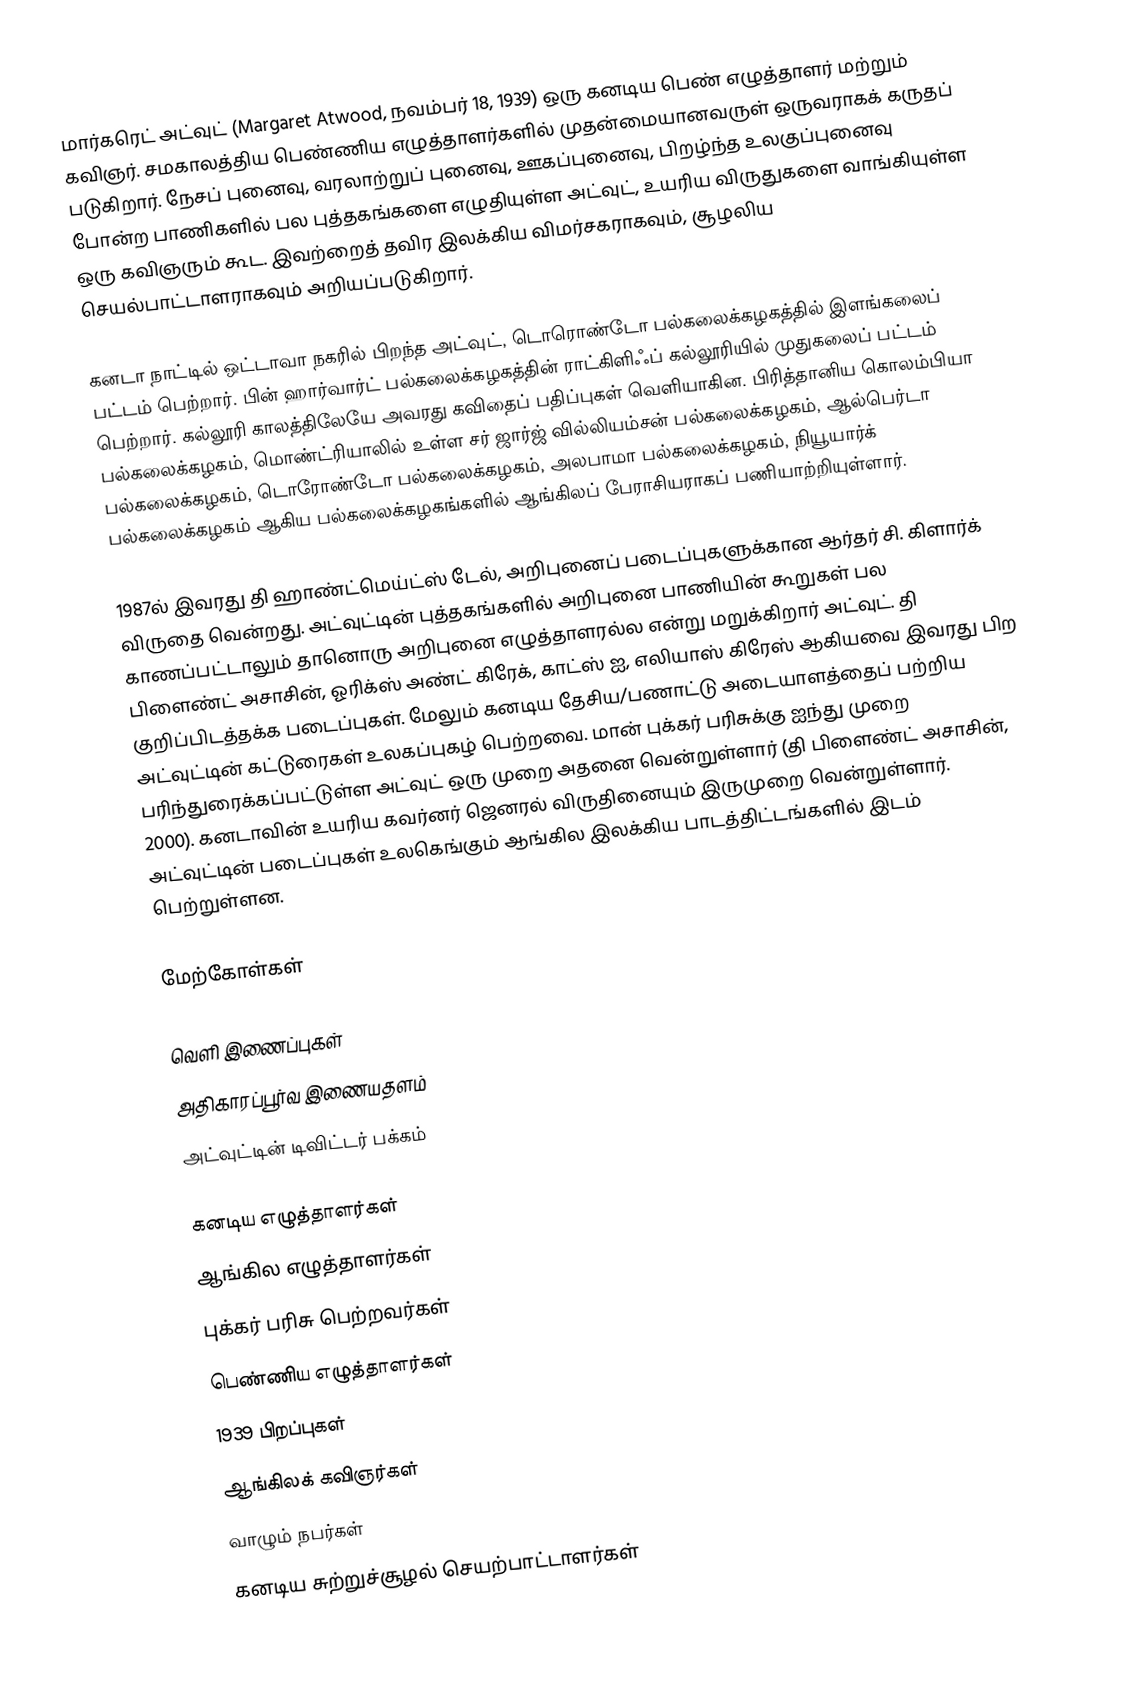
மார்கரெட் அட்வுட் (Margaret Atwood, நவம்பர் 18, 1939) ஒரு கனடிய பெண் எழுத்தாளர் மற்றும் கவிஞர். சமகாலத்திய பெண்ணிய எழுத்தாளர்களில் முதன்மையானவருள் ஒருவராகக் கருதப் படுகிறார். நேசப் புனைவு, வரலாற்றுப் புனைவு, ஊகப்புனைவு, பிறழ்ந்த உலகுப்புனைவு போன்ற பாணிகளில் பல புத்தகங்களை எழுதியுள்ள அட்வுட், உயரிய விருதுகளை வாங்கியுள்ள ஒரு கவிஞரும் கூட. இவற்றைத் தவிர இலக்கிய விமர்சகராகவும், சூழலிய செயல்பாட்டாளராகவும் அறியப்படுகிறார்.

கனடா நாட்டில் ஒட்டாவா நகரில் பிறந்த அட்வுட், டொரொண்டோ பல்கலைக்கழகத்தில் இளங்கலைப் பட்டம் பெற்றார். பின் ஹார்வார்ட் பல்கலைக்கழகத்தின் ராட்கிளிஃப் கல்லூரியில் முதுகலைப் பட்டம் பெற்றார். கல்லூரி காலத்திலேயே அவரது கவிதைப் பதிப்புகள் வெளியாகின. பிரித்தானிய கொலம்பியா பல்கலைக்கழகம், மொண்ட்ரியாலில் உள்ள சர் ஜார்ஜ் வில்லியம்சன் பல்கலைக்கழகம், ஆல்பெர்டா பல்கலைக்கழகம், டொரோண்டோ பல்கலைக்கழகம், அலபாமா பல்கலைக்கழகம், நியூயார்க் பல்கலைக்கழகம் ஆகிய பல்கலைக்கழகங்களில் ஆங்கிலப் பேராசியராகப் பணியாற்றியுள்ளார்.

1987ல் இவரது தி ஹாண்ட்மெய்ட்ஸ் டேல், அறிபுனைப் படைப்புகளுக்கான ஆர்தர் சி. கிளார்க் விருதை வென்றது. அட்வுட்டின் புத்தகங்களில் அறிபுனை பாணியின் கூறுகள் பல காணப்பட்டாலும் தானொரு அறிபுனை எழுத்தாளரல்ல என்று மறுக்கிறார் அட்வுட். தி பிளைண்ட் அசாசின், ஓரிக்ஸ் அண்ட் கிரேக், காட்ஸ் ஐ, எலியாஸ் கிரேஸ் ஆகியவை இவரது பிற குறிப்பிடத்தக்க படைப்புகள். மேலும் கனடிய தேசிய/பணாட்டு அடையாளத்தைப் பற்றிய அட்வுட்டின் கட்டுரைகள் உலகப்புகழ் பெற்றவை. மான் புக்கர் பரிசுக்கு ஐந்து முறை பரிந்துரைக்கப்பட்டுள்ள அட்வுட் ஒரு முறை அதனை வென்றுள்ளார் (தி பிளைண்ட் அசாசின், 2000). கனடாவின் உயரிய கவர்னர் ஜெனரல் விருதினையும் இருமுறை வென்றுள்ளார். அட்வுட்டின் படைப்புகள் உலகெங்கும் ஆங்கில இலக்கிய பாடத்திட்டங்களில் இடம் பெற்றுள்ளன.

மேற்கோள்கள்

வெளி இணைப்புகள்
 அதிகாரப்பூர்வ இணையதளம்
 அட்வுட்டின் டிவிட்டர் பக்கம்

கனடிய எழுத்தாளர்கள்
ஆங்கில எழுத்தாளர்கள்
புக்கர் பரிசு பெற்றவர்கள்
பெண்ணிய எழுத்தாளர்கள்
1939 பிறப்புகள்
ஆங்கிலக் கவிஞர்கள்
வாழும் நபர்கள்
கனடிய சுற்றுச்சூழல் செயற்பாட்டாளர்கள்